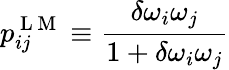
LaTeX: p_{ij}^{\mathrm{~L~M~}}\equiv\frac{\delta\omega_{i}\omega_{j}}{1+\delta\omega_{i}\omega_{j}}